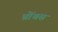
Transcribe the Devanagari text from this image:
थ्रोंबस